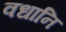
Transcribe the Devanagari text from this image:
वधानि